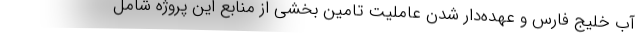
آب خلیج فارس و عهده‌دار شدن عاملیت تامین بخشی از منابع این پروژه شامل